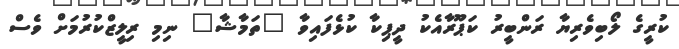
ކުރީގެ ލޯބިވެރިޔާ ރަންބީރު ކަޕޫރާއެކު ދީޕިކާ ކުޅެފައިވާ "ތަމާޝާ" ނިމި ރިލީޒްކުރުމަށް ވެސް